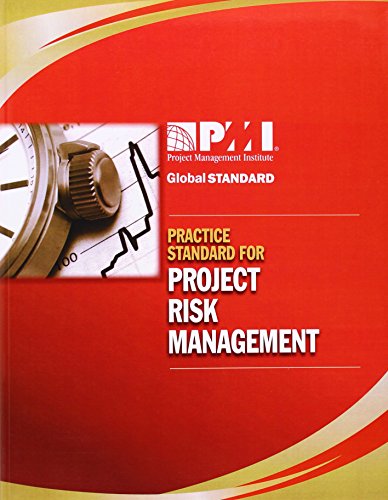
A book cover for Practice Standard for Project Risk Management; Business & Money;